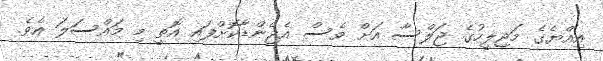
އިއްޔެގެ މަޖިލީހުގެ ޖަލްސާ އަށް ވެސް އެޖެންޑާކޮށްފައި އޮތީ މި މައްސަލަ އެވެ.